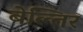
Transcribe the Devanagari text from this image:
बेल्तिर